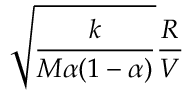
\sqrt { \frac { k } { M \alpha ( 1 - \alpha ) } } \frac { R } { V }